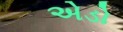
એડો